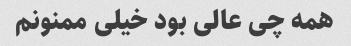
همه چی عالی بود خیلی ممنونم